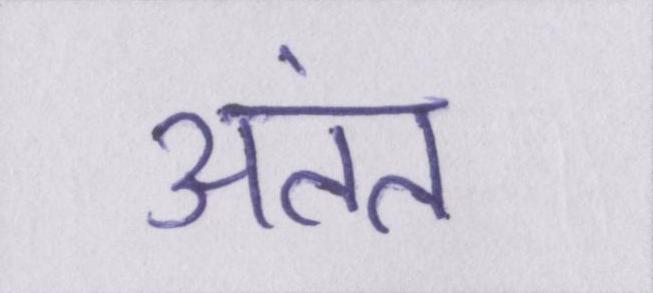
अंतत